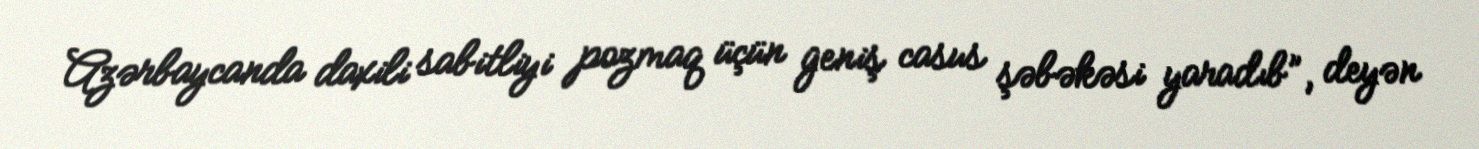
Azərbaycanda daxili sabitliyi pozmaq üçün geniş casus şəbəkəsi yaradıb”, deyən